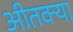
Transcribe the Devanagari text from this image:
अीतक्या